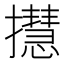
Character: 㩨